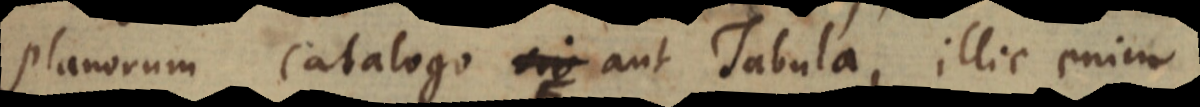
planorum catalogo siv aut Tabula, illic enim